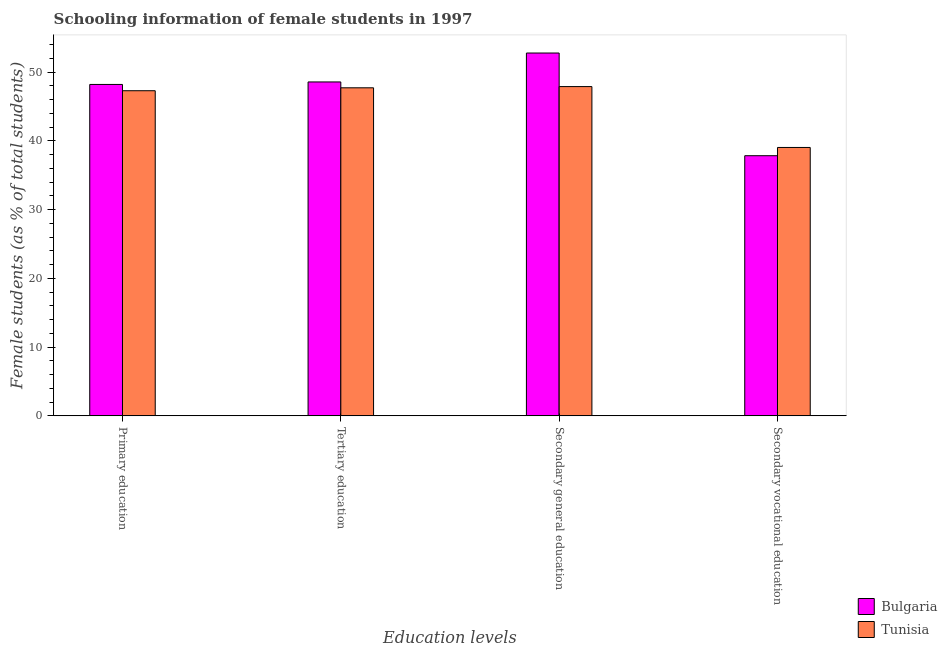
| Education levels | Bulgaria | Tunisia |
 | --- | --- | --- |
 | Primary education | 48.2 | 47.3 |
 | Tertiary education | 48.6 | 47.7 |
 | Secondary general education | 52.8 | 47.9 |
 | Secondary vocational education | 37.8 | 39 |